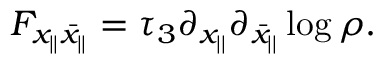
F _ { x _ { | | } \bar { x } _ { | | } } = \tau _ { 3 } \partial _ { x _ { | | } } \partial _ { \bar { x } _ { | | } } \log \rho .